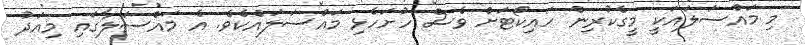
މި މައްސަލައަކީ މީގެކުރިން ހައިކޯޓަށް ވެސް ހުށަހެޅި މައްސަލައެކެވެ. އެ މައްސަލާގައި މިއަދު